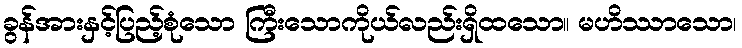
ခွန်အားနှင့်ပြည့်စုံသော ကြီးသောကိုယ်လည်းရှိထသော။ မဟိဿာသော၊